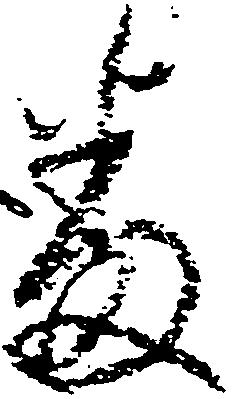
番